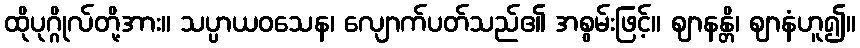
ထိုပုဂ္ဂိုလ်တို့အား။ သပ္ပာယဝသေန၊ လျောက်ပတ်သည်၏ အစွမ်းဖြင့်။ ဈာနန္တိ၊ ဈာနံဟူ၍။